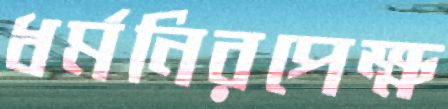
ধর্মনিরপেক্ষ